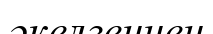
әкелгеннен